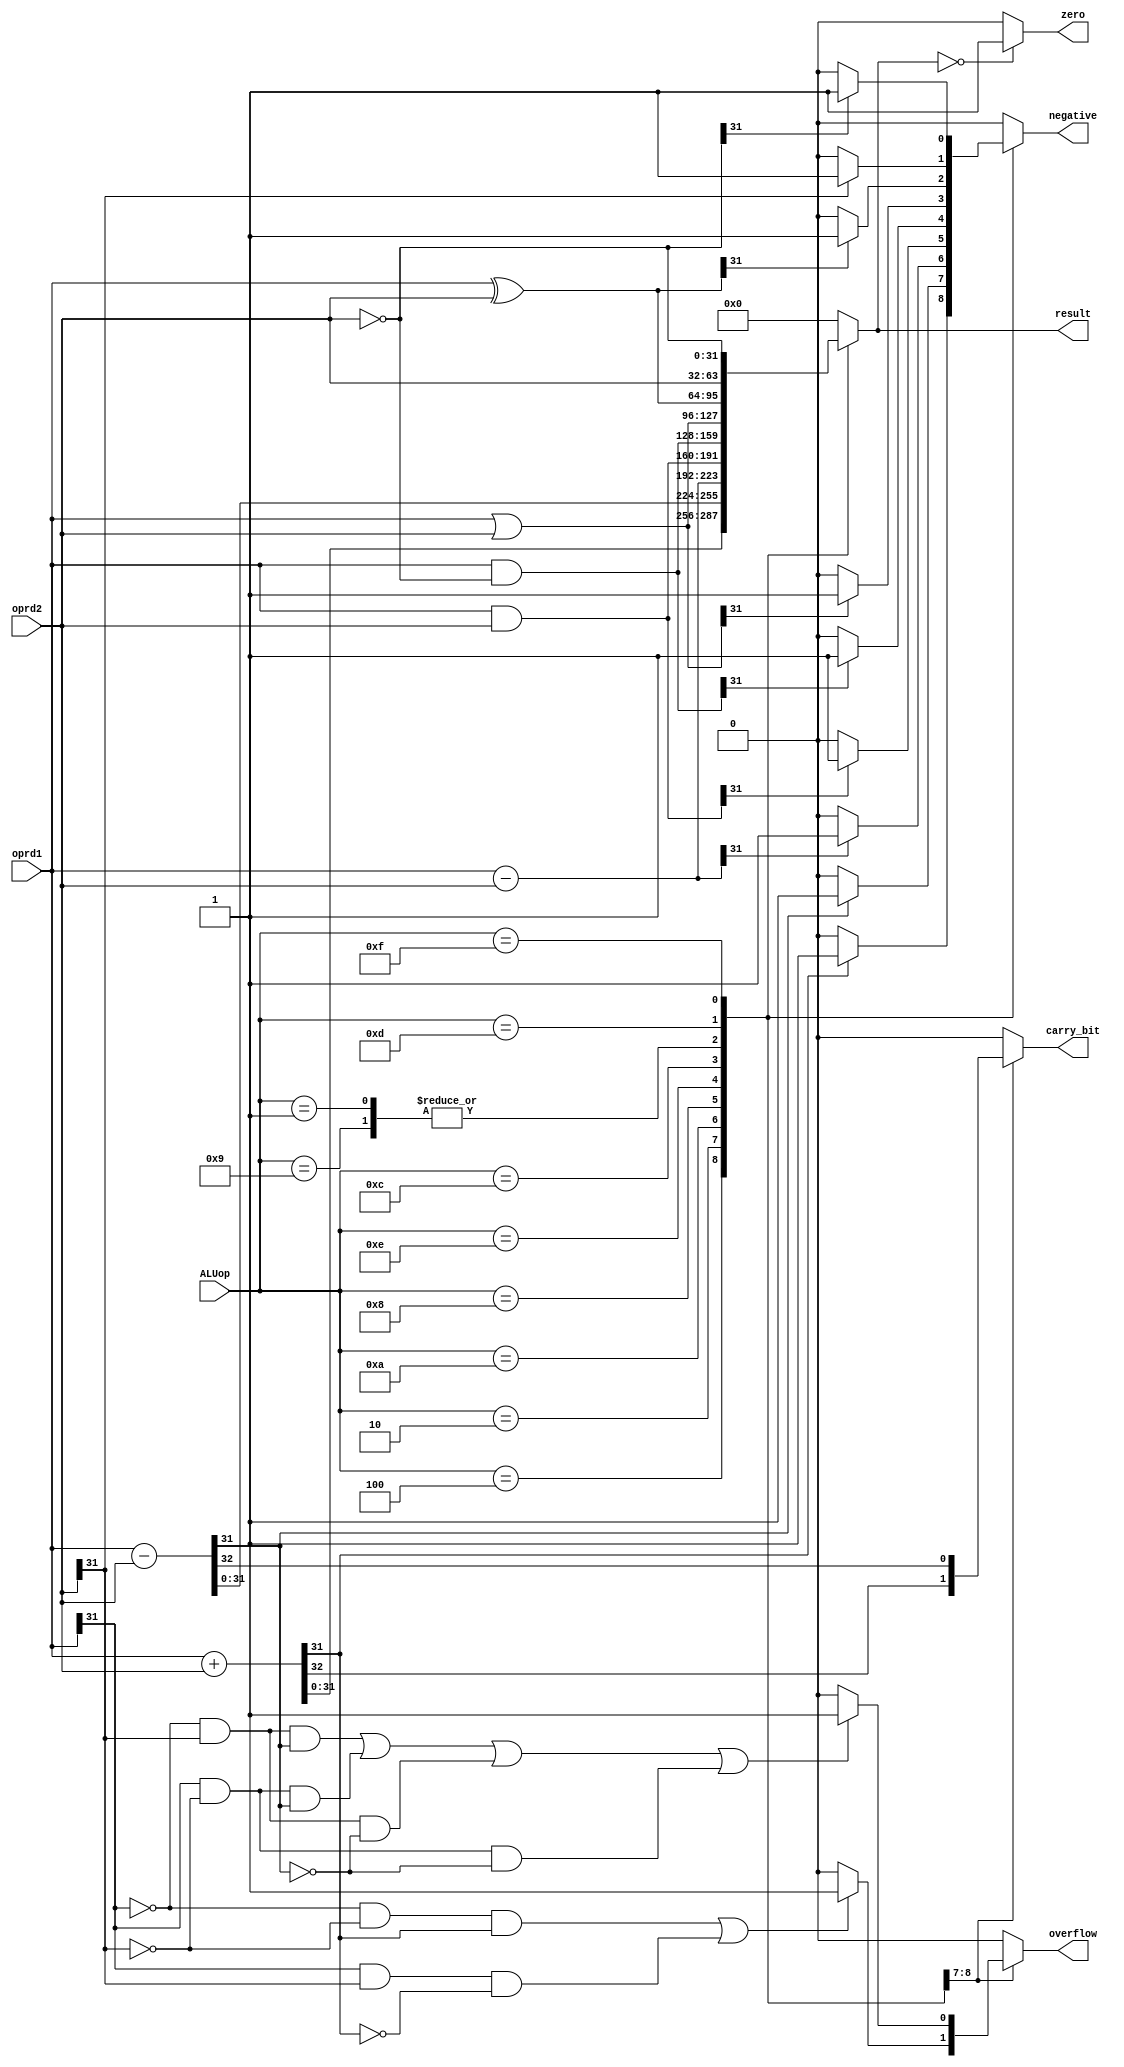
/* ALU function
	
	Input:
		ALUop		: 4-bit ALU opcode
		oprd1		: operand #1
		oprd2		: operand #2
	
	Output:
		result	: result of the calculation
		negative	: 1 if the result is negative, 0 if positive
		zero		: 1 if the result is 0, 0 otherwise
		overflow	: 1 if the calculation overflew, 0 otherwise
*/
module ALU #(parameter width = 32)(

	input [3:0] ALUop, //4 bit opcode
	input [width-1:0] oprd1,
	input [width-1:0] oprd2,
	output reg [width-1:0] result,

	//status flags
	output reg negative,
	output reg zero,
	output reg carry_bit,
	output reg overflow
	);


	reg [width:0] temp_result; //take into account of the sign bit

	always @(*) begin
		carry_bit = 1'b0;
		overflow = 1'b0;
		negative = 1'b0;
		zero = 1'b0;
		temp_result = 33'b0;
		result = 32'b0;

		case(ALUop)
			4'b0100: begin //ADD
							temp_result = oprd1 + oprd2;
							result = temp_result[width-1:0];

							carry_bit = temp_result[width];
							
							//signed arithmetic
							if((~oprd1[width-1] && ~oprd2[width-1] && temp_result[width-1]) || (oprd1[width-1] && oprd2[width-1] && ~temp_result[width-1]))
								overflow = 1'b1;
							if(temp_result[width-1]) negative = 1'b1;
						end
	
			4'b0010: begin  //SUB
							temp_result = oprd1 - oprd2;
							result = temp_result[width-1:0];

							carry_bit = temp_result[width];
							
							//signed arithmetic
							if((~oprd1[width-1] && oprd2[width-1] && temp_result[width-1]) || (oprd1[width-1] && ~oprd2[width-1] && temp_result[width-1]) 
							|| (~oprd1[width-1] && oprd2[width-1] && ~temp_result[width-1]) || (oprd1[width-1] && ~oprd2[width-1] && ~temp_result[width-1]))
								overflow = 1'b1;
							if(temp_result[width-1]) negative = 1'b1;
						end
			4'b1010: begin //CMP
							result = oprd1 - oprd2;  //results is discarded later
							if (result[width - 1]) negative = 1'b1; //negative
						end

			4'b1000: begin //TST
							result = oprd1 & oprd2; //result is discarded later
							if (result[width - 1]) negative = 1'b1;
						end

			4'b1001: begin //TEQ
							result = oprd1 ^ oprd2;  //result is discarded later
							if (result[width - 1]) negative = 1'b1;
						end

			4'b1110: begin  //BIC (bit clear)
							result = oprd1 & ~oprd2;
							if (result[width - 1]) negative = 1'b1;
						end

			4'b1100: begin //ORR
							result = oprd1 | oprd2;
							if (result[width - 1]) negative = 1'b1;
						end

			4'b0001: begin //EOR
							result = oprd1 ^ oprd2; //different from TEQ
							if (result[width - 1]) negative = 1'b1;
						end

			4'b1101: begin //MOV
							result = oprd2;
							if (result[width - 1]) negative = 1'b1;
						end

			4'b1111: begin //MVN
							result = ~oprd2;
							if (result[width - 1]) negative = 1'b1;
						end
			default: begin end
		endcase
		if (result == 1'b0)
		zero = 1'b1;
	end


endmodule